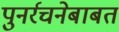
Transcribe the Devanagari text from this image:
पुनर्रचनेबाबत